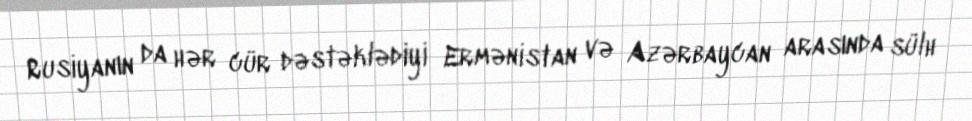
Rusiyanın da hər cür dəstəklədiyi Ermənistan və Azərbaycan arasında sülh